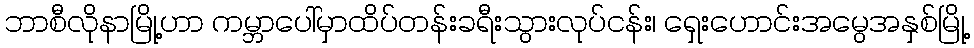
ဘာစီလိုနာမြို့ဟာ ကမ္ဘာပေါ်မှာထိပ်တန်းခရီးသွားလုပ်ငန်း၊ ရှေးဟောင်းအမွေအနှစ်မြို့